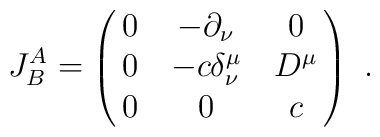
J^A_B=\pmatrix{0 & -\partial _\nu  & 0 \cr 0 & -c\delta ^\mu _\nu  & D^\mu\cr 0 & 0 & c}\ .